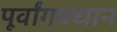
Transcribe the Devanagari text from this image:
पूर्वांगप्रधान